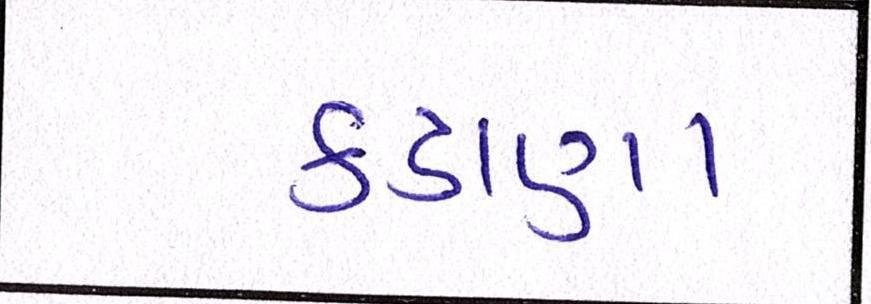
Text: કડાણા